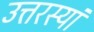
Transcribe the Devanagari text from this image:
उत्तरस्यां